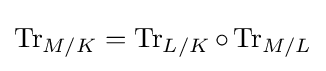
\operatorname {Tr} _{M/K}=\operatorname {Tr} _{L/K}\circ \operatorname {Tr} _{M/L}